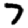
Digit: 7